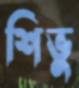
শিভু